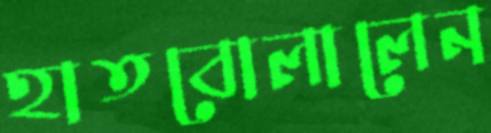
হাতবোলালেন